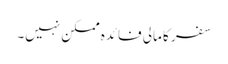
سفر کا مالی فائدہ ممکن نہیں۔